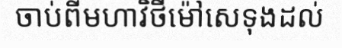
ចាប់ពីមហាវិថីម៉ៅសេទុងដល់